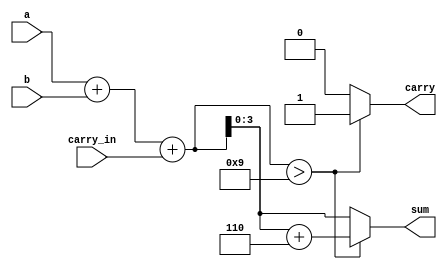
`timescale 1ns/1ps
module bcd_adder(a,b,carry_in,sum,carry);

//declare the inputs and outputs of the module with their sizes.
    input [3:0] a,b;
    input carry_in;
    output [3:0] sum;
    output carry;
    //Internal variables
    reg [4:0] sum_temp;
    reg [3:0] sum;
    reg carry;  

//always block for doing the addition
    always @(a,b,carry_in)
    begin
        sum_temp = a+b+carry_in; //add all the inputs
        if(sum_temp > 9)    begin
            sum_temp = sum_temp+6; //add 6, if result is more than 9.
            carry = 1;  //set the carry output
            sum = sum_temp[3:0];    end
        else    begin
            carry = 0;
            sum = sum_temp[3:0];
        end
    end     

endmodule